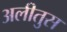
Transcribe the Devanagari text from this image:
अलीतुस